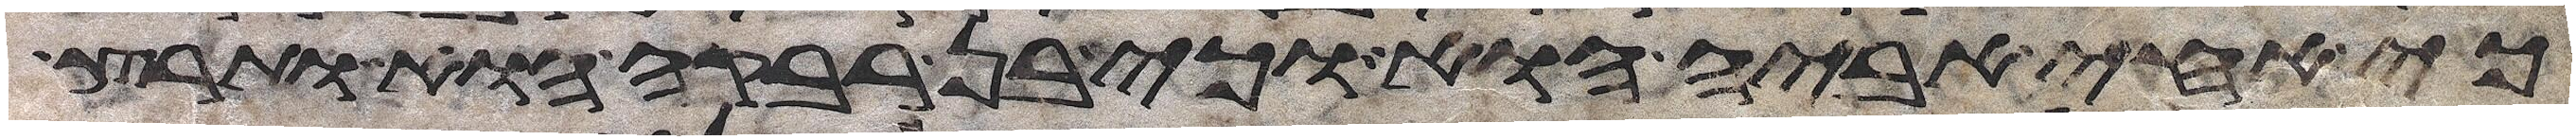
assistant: כי אחי אביה הוא וכי בן רבקה הוא ותרץ